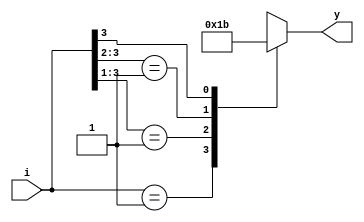
`timescale 1ns / 1ps
module prio(i,y);
input [3:0]i;
output reg [1:0]y;
always @(i)
begin
casex(i)
4'b0000:y=2'bxx;
4'b0001:y=0;
4'b001x:y=1;
4'b01xx:y=2;
4'b1xxx:y=3;
endcase
end
endmodule